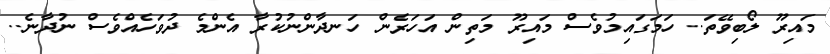
މައިރޫ ލޯބިވޭތަ.. ހަމަގައިމުވެސް މައިރޫ މަތިން އަހަރެން ހަނދާންނުކުރާ އެންމެ ދުވަހެއްވެސް ނުދާނެ..